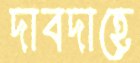
দাবদাহে